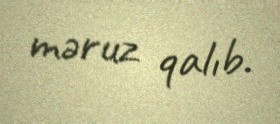
məruz qalıb.